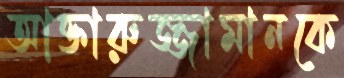
আক্তারুজ্জামানকে